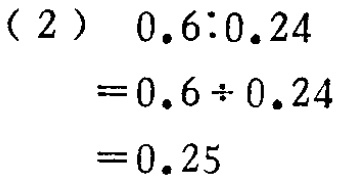
\[

\begin{align*}

&(2)\ 0.6:0.24\\

=&0.6\div0.24\\

=&0.25

\end{align*}

\]